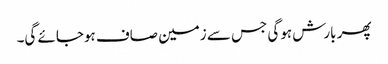
پھر بارش ہوگی جس سے زمین صاف ہوجائے گی۔